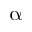
\upalpha